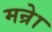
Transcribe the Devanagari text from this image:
मन्रेा